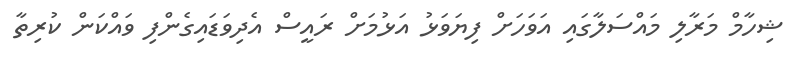
ޝިހާމް މަރާލި މައްސަލާގައި އަވަހަށް ފިޔަވަޅު އަޅުމަށް ރައީސް އެދިވަޑައިގެންފި ވައްކަން ކުރިތާ